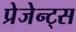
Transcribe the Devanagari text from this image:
प्रेजेन्ट्स